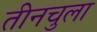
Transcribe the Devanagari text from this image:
तीनचुला